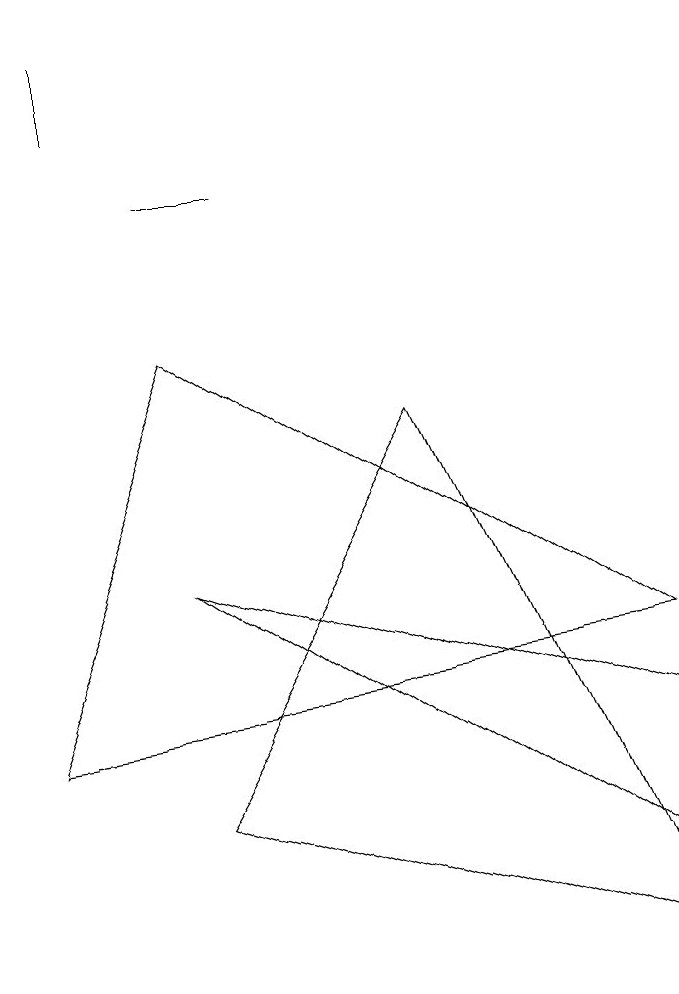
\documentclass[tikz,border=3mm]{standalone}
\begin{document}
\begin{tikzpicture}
\draw (8,1) -- (5,8) -- (2,3) -- cycle;
\draw (2,9) -- (8,5) -- (0,4) -- cycle;
\draw (3,11) rectangle (2,11);
\draw (1,12) rectangle (1,13);
\draw (8,2) -- (8,4) -- (2,6) -- cycle;
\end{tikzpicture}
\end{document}